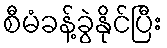
စီမံခန့်ခွဲနိုင်ပြီး